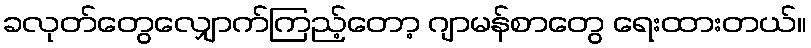
ခလုတ်တွေလျှောက်ကြည့်တော့ ဂျာမန်စာတွေ ရေးထားတယ်။